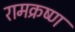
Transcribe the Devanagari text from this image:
रामक्रष्ण